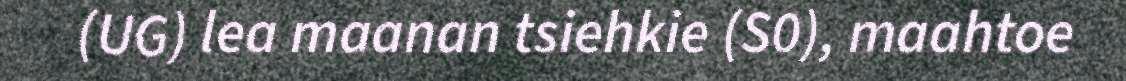
(UG) lea maanan tsiehkie (S0), maahtoe